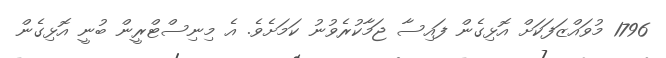
1796 މުވައްޒަފަކަށް އޮޅިގެން ފައިސާ ޖަމާކުރެވުނު ކަމަށެވެ. އެ މިނިސްޓްރީން ބުނީ އޮޅިގެން